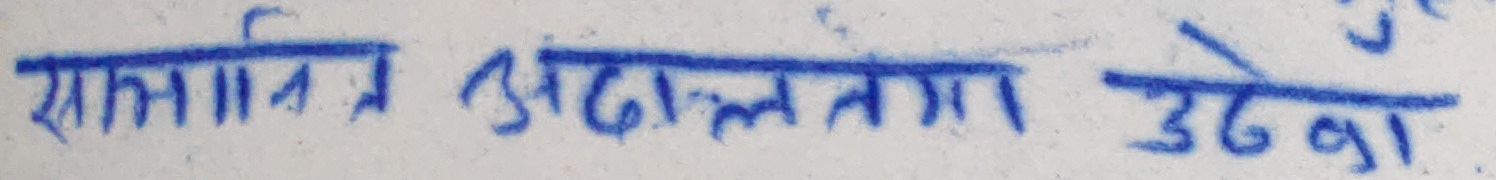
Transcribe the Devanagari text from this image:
सामान्य अदालत उठवा